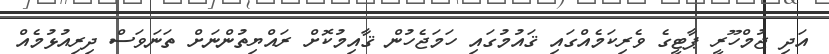
އަދި ޖުމްހޫރީ ޕާޓީގެ ވެރިކަމެއްގައި ޤައުމުގައި ހަމަޖެހުން ޤާއިމުކޮށް ރައްޔިތުންނަށް ތަނަވަސް ދިރިއުޅުމެއް